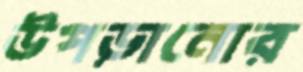
উপড়ানোর